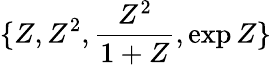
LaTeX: \{ Z,Z^{2},\frac{Z^{2}}{1+Z},\exp{Z}\}